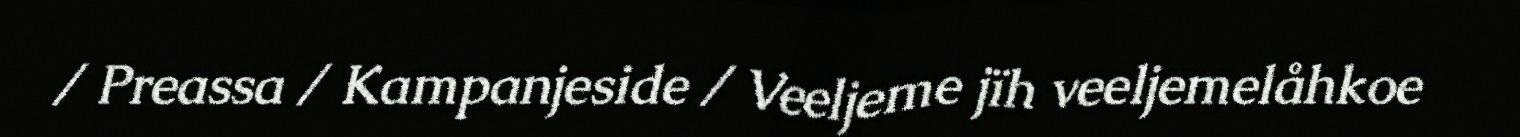
/ Preassa / Kampanjeside / Veeljeme jïh veeljemelåhkoe